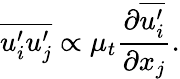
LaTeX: \overline{{u_{i}^{\prime}u_{j}^{\prime}}}\propto\mu_{t}\frac{\partial\overline{{u_{i}^{\prime}}}}{\partial x_{j}}.